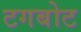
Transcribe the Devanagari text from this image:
टगबोट